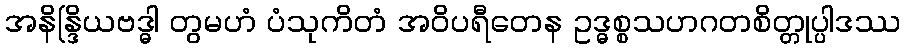
အနိန္ဒြိယဗဒ္ဓါ တွမဟံ ပံသုကိတံ အဝိပရီတေန ဥဒ္ဓစ္စသဟဂတစိတ္တုပ္ပါဒဿ